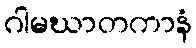
ဂါမဃာတကာနံ